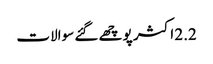
2.2 اکثر پوچھے گئے سوالات